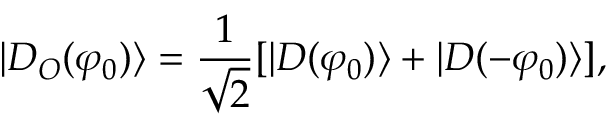
| D _ { O } ( \varphi _ { 0 } ) \rangle = \frac { 1 } { \sqrt { 2 } } [ | D ( \varphi _ { 0 } ) \rangle + | D ( - \varphi _ { 0 } ) \rangle ] ,